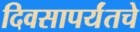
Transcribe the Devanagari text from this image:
दिवसापर्यंतचे